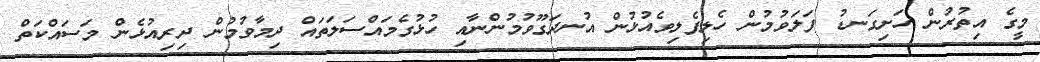
މީގެ އިތުރުން ހަށިގަނޑު ފަލަވުމުން ހެލިފެލިވެއުޅުން އުނދަގޫވުމުންނާއި ހުޅުގެމައްސަލަތައް ދިމާވުމުން ދިރިއުޅެން މަސައްކަތް